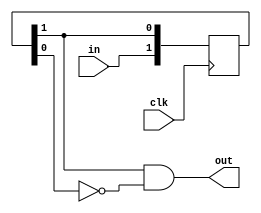
module edge_detector 

	#(parameter SIZE = 1)

	(
		input 					clk,
		input 	[SIZE-1:0]	in,
		output 	[SIZE-1:0]	out
   );
	
   reg [2*SIZE-1:0] q;
   
   always @(posedge clk) begin
      q[2*SIZE-1:SIZE] <= in;
      q[SIZE-1:0] <= q[2*SIZE-1:SIZE];
   end
   
   assign out = q[2*SIZE-1:SIZE] & ~q[SIZE-1:0];

endmodule